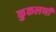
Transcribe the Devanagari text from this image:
कुकलर्णी